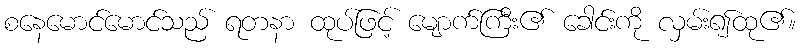
စနေမောင်မောင်သည် ရတနာ ထုပ်ဖြင့် မျောက်ကြီး၏ ခေါင်းကို လှမ်း၍ထု၏။